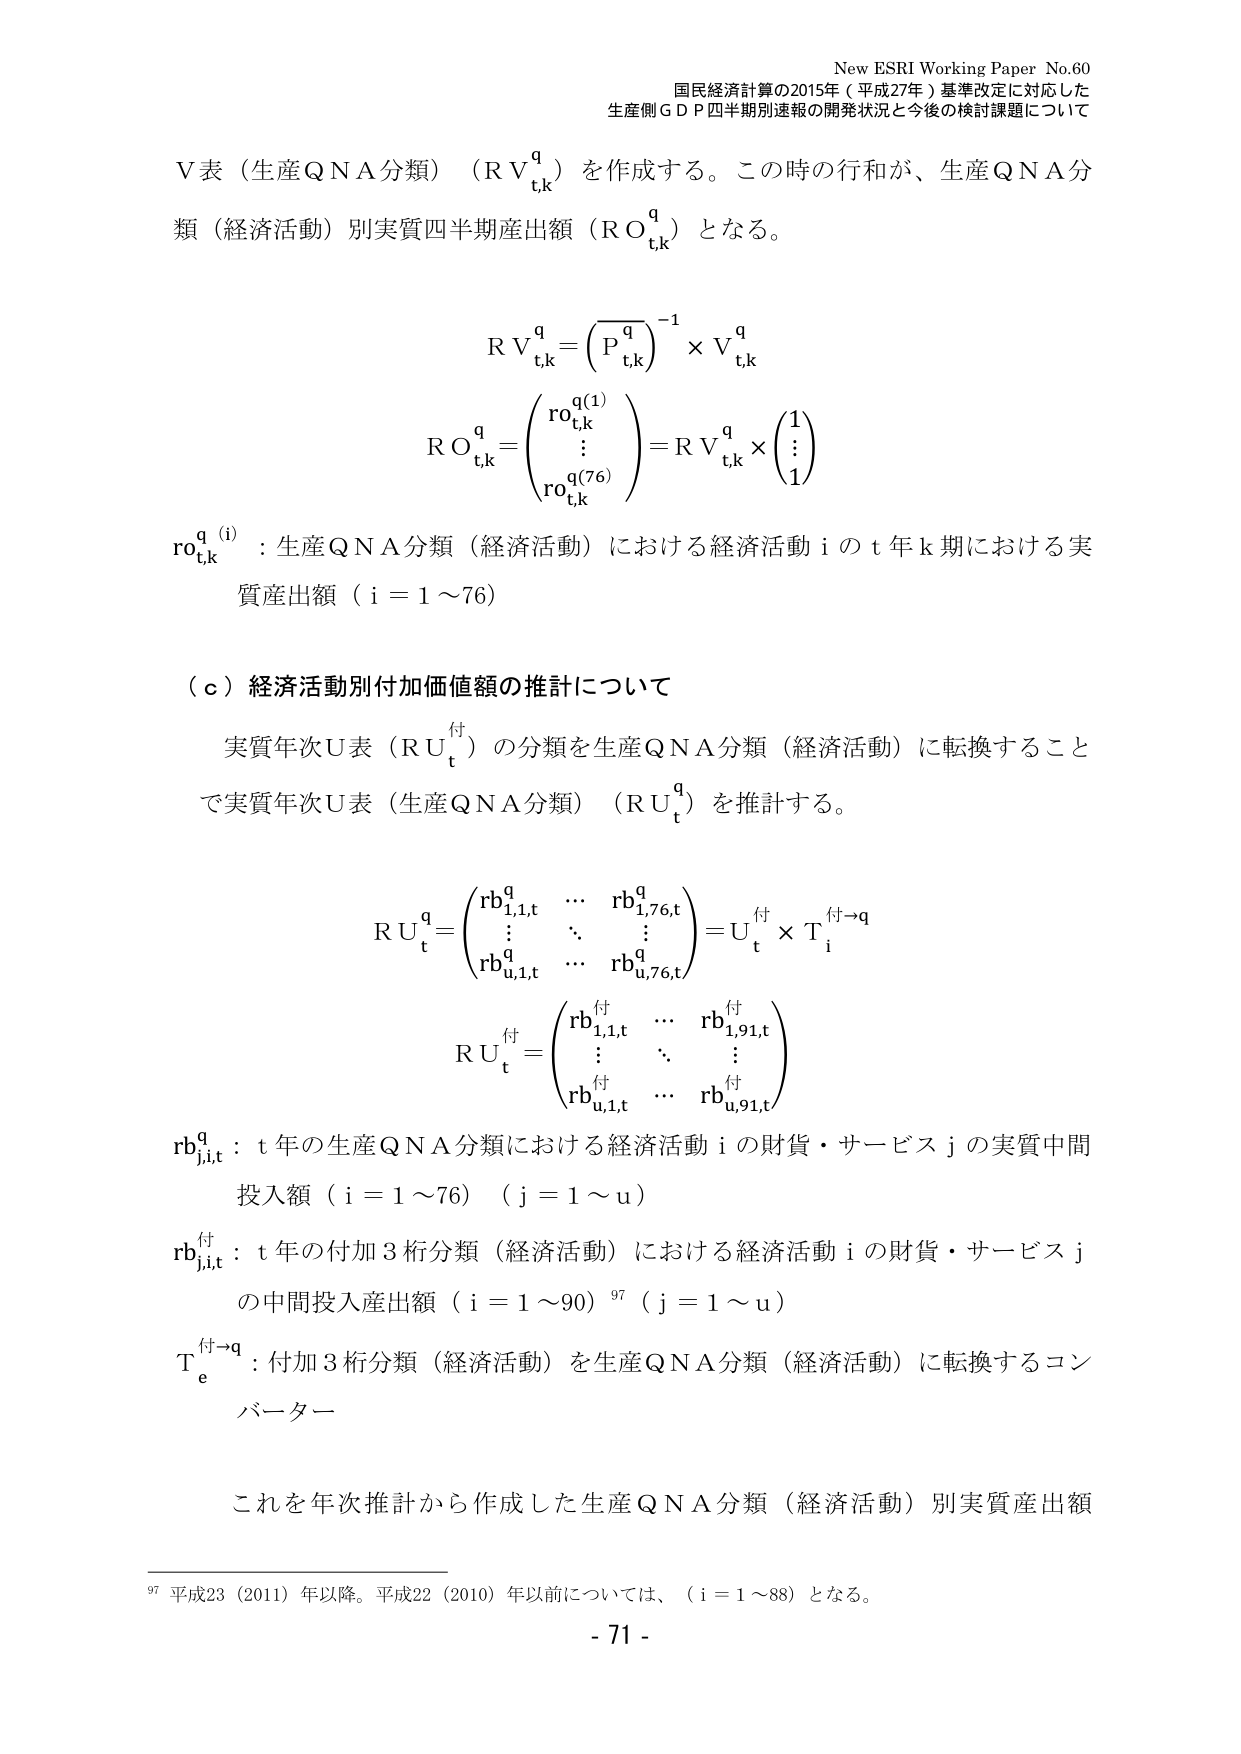
New ESRI Working Paper No.60
国民経済計算の2015年（平成27年）基準改定に対応した
生産側ＧＤＰ四半期別速報の開発状況と今後の検討課題について

Ｖ表（生産ＱＮＡ分類）（ＲＶｔ,ｋｑ）を作成する。この時の行和が、生産ＱＮＡ分類（経済活動）別実質四半期産出額（ＲＯｔ,ｋｑ）となる。

ＲＶｔ,ｋｑ＝（Ｐｔ,ｋｑ）⁻¹ × Ｖｔ,ｋｑ

ＲＯｔ,ｋｑ＝（ｒｏｔ,ｋｑ(1)
　　　　　　⋮
　　　　　　ｒｏｔ,ｋｑ(76)）＝ＲＶｔ,ｋｑ × （1
　　　　　　　　　　　　　　　　　　　　⋮
　　　　　　　　　　　　　　　　　　　　1）

ｒｏｔ,ｋｑ(i)：生産ＱＮＡ分類（経済活動）における経済活動ｉのｔ年ｋ期における実質産出額（ｉ＝１～７６）

（ｃ）経済活動別付加価値額の推計について

実質年次Ｕ表（ＲＵｔ付）の分類を生産ＱＮＡ分類（経済活動）に転換することで実質年次Ｕ表（生産ＱＮＡ分類）（ＲＵｔｑ）を推計する。

ＲＵｔｑ＝（ｒｂ１,１,ｔｑ　…　ｒｂ１,７６,ｔｑ
　　　　　　⋮　　　⋱　　⋮
　　　　　ｒｂｕ,１,ｔｑ　…　ｒｂｕ,７６,ｔｑ）＝Ｕｔ付 × Ｔｅ付→ｑ

ＲＵｔ付＝（ｒｂ１,１,ｔ付　…　ｒｂ１,９１,ｔ付
　　　　　　⋮　　　⋱　　⋮
　　　　　ｒｂｕ,１,ｔ付　…　ｒｂｕ,９１,ｔ付）

ｒｂｊ,ｉ,ｔｑ：ｔ年の生産ＱＮＡ分類における経済活動ｉの財貨・サービスｊの実質中間投入額（ｉ＝１～７６）（ｊ＝１～ｕ）

ｒｂｊ,ｉ,ｔ付：ｔ年の付加３桁分類（経済活動）における経済活動ｉの財貨・サービスｊの中間投入産出額（ｉ＝１～９０）⁹⁷（ｊ＝１～ｕ）

Ｔｅ付→ｑ：付加３桁分類（経済活動）を生産ＱＮＡ分類（経済活動）に転換するコンバーター

これを年次推計から作成した生産ＱＮＡ分類（経済活動）別実質産出額

⁹⁷ 平成23（2011）年以降。平成22（2010）年以前については、（ｉ＝１～８８）となる。

- 71 -